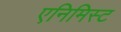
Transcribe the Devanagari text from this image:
एनिमिस्ट